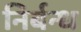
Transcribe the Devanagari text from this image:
निर्बन्ध